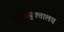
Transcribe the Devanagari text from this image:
उच्चायुक्तालय